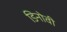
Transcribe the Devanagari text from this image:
डिनोवी